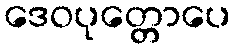
ဒေဝပုတ္တောပေ